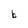
Character: b